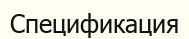
Спецификация